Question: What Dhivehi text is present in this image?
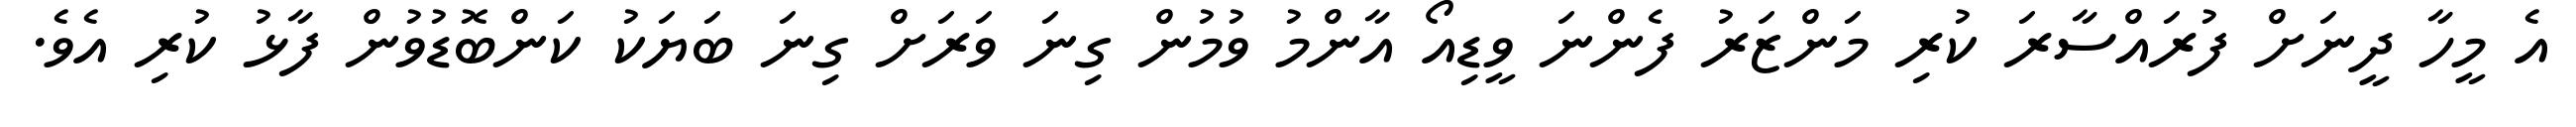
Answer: އެ މީހާ ދީނަށް ފުރައްސާރަ ކުރި މަންޒަރު ފެންނަ ވީޑިއޯ އާންމު ވުމުން ގިނަ ވަރަށް ގިނަ ބަޔަކު ކަންބޮޑުވުން ފާޅު ކުރި އެވެ.